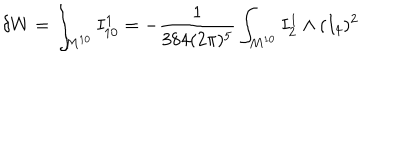
LaTeX: \delta W = \int _ { M ^ { 1 0 } } I _ { 1 0 } ^ { 1 } = - \frac { 1 } { 3 8 4 ( 2 \pi ) ^ { 5 } } \int _ { M ^ { 1 0 } } I _ { 2 } ^ { 1 } \wedge ( I _ { 4 } ) ^ { 2 }